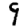
Digit: 9